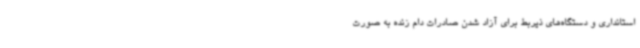
استانداری و دستگاه‌های ذیربط برای آزاد شدن صادرات دام زنده به صورت